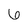
Character: 6